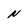
Character: N